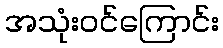
အသုံးဝင်ကြောင်း